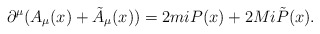
\begin{align*}\partial^{\mu}(A_{\mu}(x)+\tilde{A}_{\mu}(x))=2miP(x)+2Mi\tilde{P}(x).\end{align*}